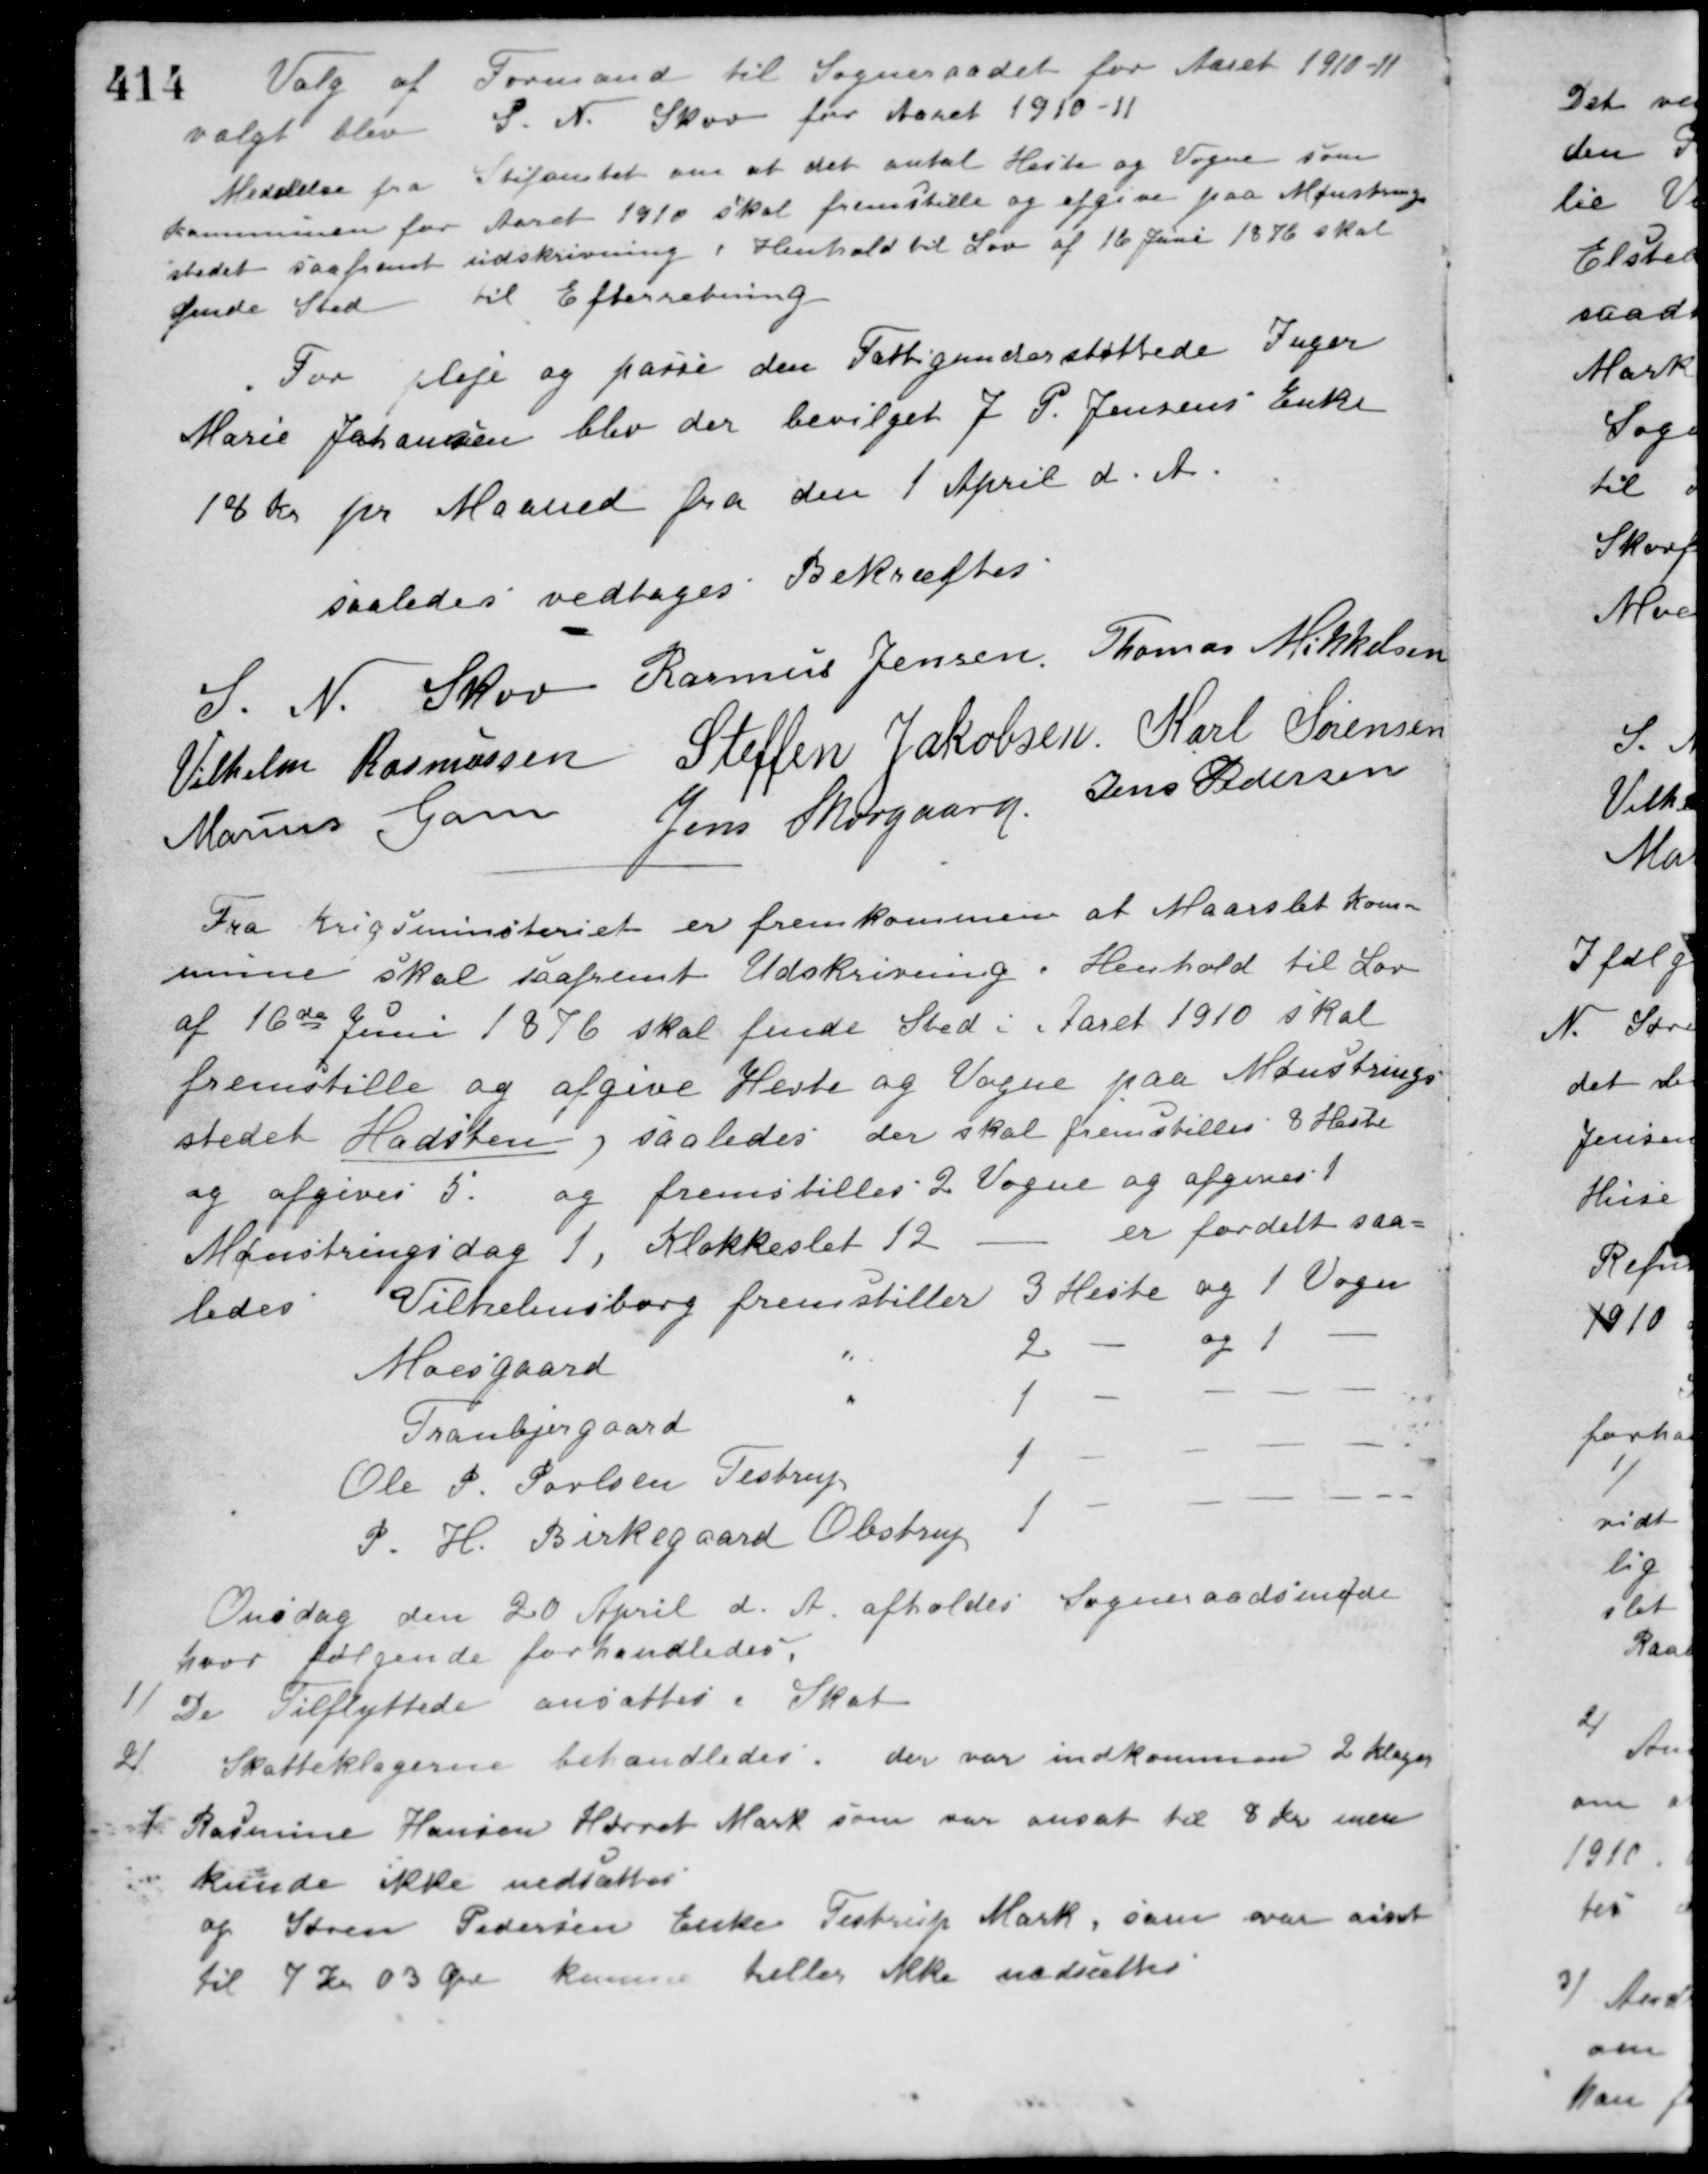
Transskription:
Valg af Formand til Sogneraadet for Aaret 1910-11
valgt blev S. N. Skov for Aaret 1910-11
Meddelse fra Stifamtet om at det antal Heste og Vogne som
Kommunen for Aaret 1910 skal fremstille og afgive paa Mønstrings-
stedet saafremt udskrivning i Henhold til Lov af 16 Juni 1876 skal
finde Sted
til Efterretning.
For Pleje og passe den Fattigunderstøttede Inger
Marie Johansen blev der bevilget J. P. Jensens Enke
18 Kr. pr. Maaned fra den 1 April d. A.
saaledes vedtages Bekræftes
S. N. Skov Rasmus Jensen Thomas Mikkelsen
Vilhelm Rasmussen Steffen Jakobsen Karl Sørensen
Marius Gam Jens Skovgaard Jens Pedersen
Fra Krigsministeriet er fremkommen at Maarslet Kom-
mune skal saafremt Udskrivning i Henhold til Lov
af 16de Juni 1876 skal finde Sted i Aaret 1910 skal
fremstille og afgive Heste og Vogne paa Mønstrings-
stedet Hadsten, saaledes der skal fremstilles 3 Heste
og afgives 5. og fremstilles 2 Vogne og afgives 1
Mønstringsdag 1, Klokkeslet 12 - er fordelt saa-
ledes
Vilhelmsborg fremstiller 3 Heste og 1 Vogn
Moesgaard " 2 - og 1 -
Tranbjergaard " 1 - - - -
Ole P. Povlsen Testrup 1 - - - -
P. H. Birkegaard Obstrup 1 - - - -
Onsdag den 20 April d. A. afholdes Sogneraadsmøde
hvor følgende forhandledes.
1/
De Tilflyttede ansattes i Skat
2/
Skatteklagerne behandledes, der var indkommen 2 Klager
I. Rasmine Hansen Hørret Mark som var ansat til 8 Kr. men
kunde ikke nedsættes
og Søren Pedersens Enke Testrup Mark, som var ansat
til 7 Kr. 03 Øre kunne heller ikke nedsættes.